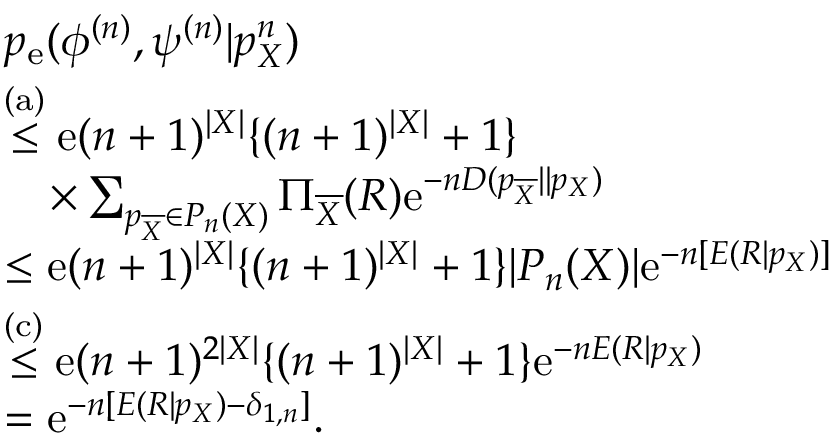
\begin{array} { r l } & { p _ { \mathrm { e } } ( \phi ^ { ( n ) } , \psi ^ { ( n ) } | p _ { X } ^ { n } ) } \\ & { \stackrel { \mathrm { ( a ) } } { \leq } \mathrm { e } ( n + 1 ) ^ { | { \cal X } | } \{ ( n + 1 ) ^ { | { \cal X } | } + 1 \} } \\ & { \quad \times \sum _ { p _ { \overline { { X } } } \in { \cal P } _ { n } ( { \cal X } ) } \Pi _ { \overline { { X } } } ( R ) \mathrm { e } ^ { - n D ( p _ { \overline { { X } } } | | p _ { X } ) } } \\ & { \leq \mathrm { e } ( n + 1 ) ^ { | { \cal X } | } \{ ( n + 1 ) ^ { | { \cal X } | } + 1 \} | { \cal P } _ { n } ( { \cal X } ) | \mathrm { e } ^ { - n [ E ( R | p _ { X } ) ] } } \\ & { \stackrel { \mathrm { ( c ) } } { \leq } \mathrm { e } ( n + 1 ) ^ { 2 | { \cal X } | } \{ ( n + 1 ) ^ { | { \cal X } | } + 1 \} \mathrm { e } ^ { - n E ( R | p _ { X } ) } } \\ & { = \mathrm { e } ^ { - n [ E ( R | p _ { X } ) - \delta _ { 1 , n } ] } . } \end{array}